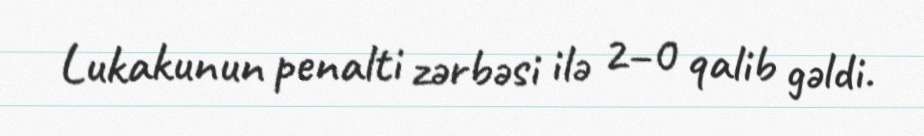
Lukakunun penalti zərbəsi ilə 2–0 qalib gəldi.